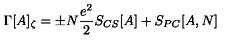
\Gamma [ A ] _ { \zeta } = \pm N \frac { e ^ { 2 } } { 2 } S _ { C S } [ A ] + S _ { P C } [ A , N ]